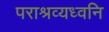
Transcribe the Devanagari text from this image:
पराश्रव्यध्वनि